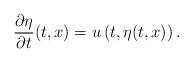
LaTeX: \begin{align*}\frac{\partial \eta}{\partial t}(t,x)=u\left(t,\eta(t,x)\right).\end{align*}